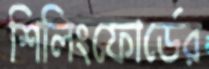
শিলিংফোর্ডের